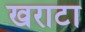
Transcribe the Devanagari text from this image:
खराटा